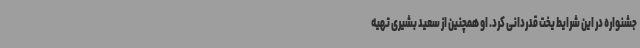
جشنواره در این شرایط یخت قدردانی کرد. او همچنین از سعید بشیری تهیه